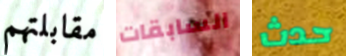
مقابلتهم السابقات حدث